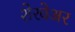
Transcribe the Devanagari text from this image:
शेरवेअर